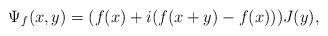
LaTeX: \begin{align*}\Psi_f (x,y) = (f(x) + i(f(x+y)-f(x)))J(y),\end{align*}